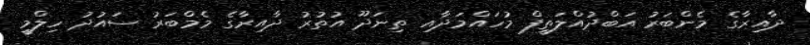
ދާއިރާގެ މެންބަރު އަބްދުއްލަތީފް މުހައްމަދާއި ތިނަދޫ އުތުރު ދާއިރާގެ މެމްބަރު ސައުދު ހިލްމީ